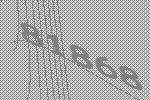
81868